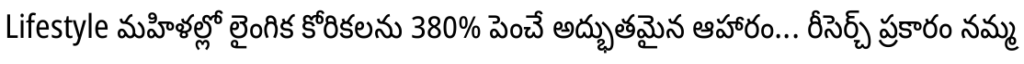
Lifestyle మహిళల్లో లైంగిక కోరికలను 380% పెంచే అద్భుతమైన ఆహారం... రీసెర్చ్ ప్రకారం నమ్మ